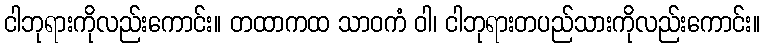
ငါဘုရားကိုလည်းကောင်း။ တထာကထ သာဝကံ ဝါ၊ ငါဘုရားတပည်သားကိုလည်းကောင်း။